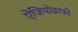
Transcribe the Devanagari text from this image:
ऐंजियोग्राफी